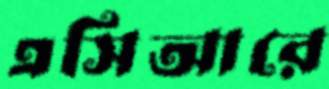
এসিআরে